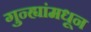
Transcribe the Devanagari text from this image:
गुन्ह्यांमधून